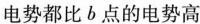
电势都比b点的电势高